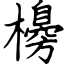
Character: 櫋